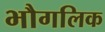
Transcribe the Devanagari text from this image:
भौगलिक